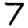
Digit: 7